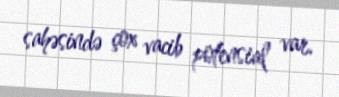
sahəsində çox vacib potensial var.